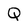
Character: Q